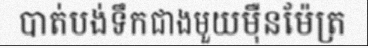
បាត់បង់ទឹកជាងមួយម៉ឺនម៉ែត្រ